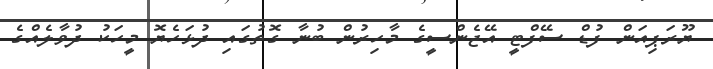
ޔޫރަޕިއަން ފުޑް ސޭފްޓީ އޭޖެންސީގެ މާހިރުން ބުނާ ގޮތުގައި ދުޅަހެޔޮ މީހަކު ދުވާލެއްގެ